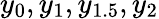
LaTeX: y_{0},y_{1},y_{1.5},y_{2}